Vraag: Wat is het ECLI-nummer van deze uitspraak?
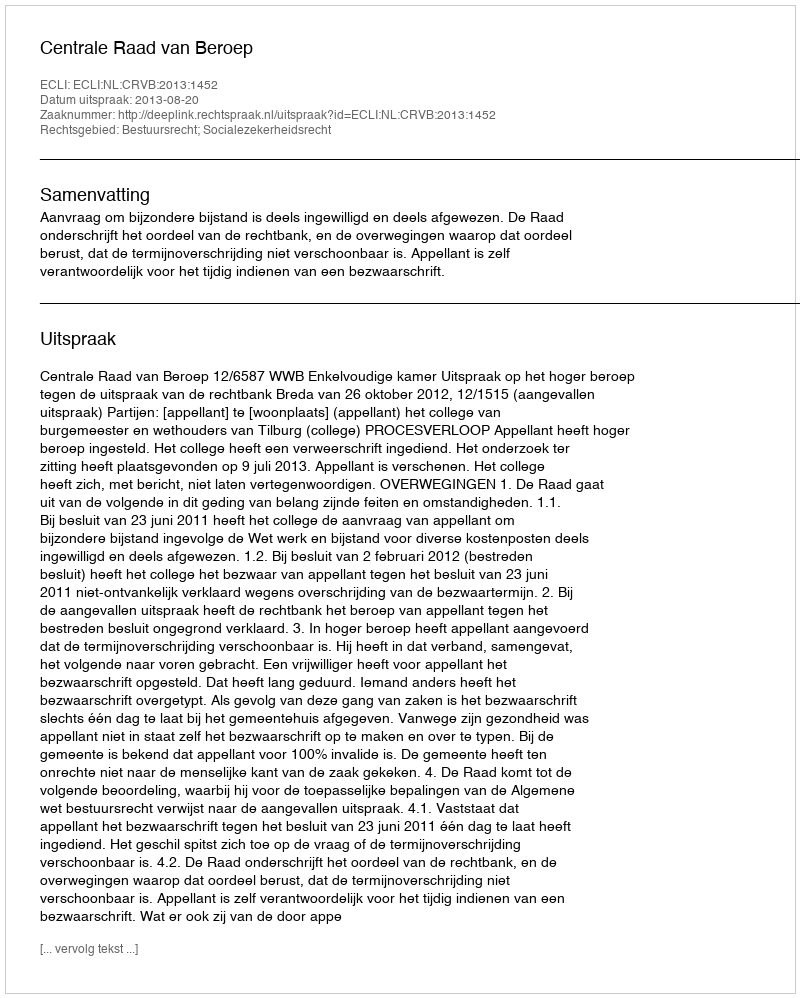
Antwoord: ECLI:NL:CRVB:2013:1452